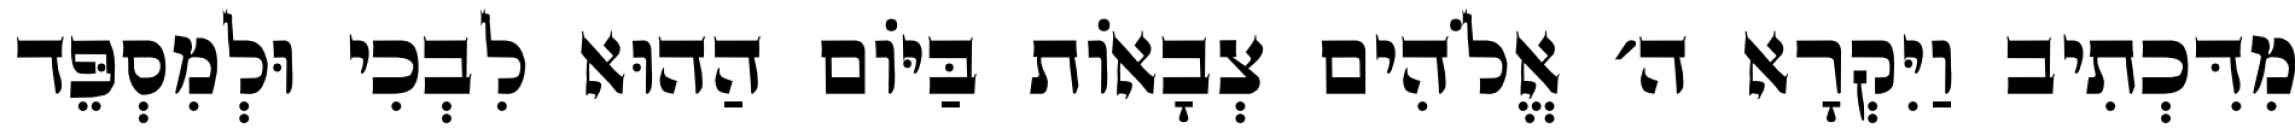
מִדִּכְתִיב וַיִּקְרָא ה׳ אֱלֹהִים צְבָאוֹת בַּיּוֹם הַהוּא לִבְכִי וּלְמִסְפֵּד